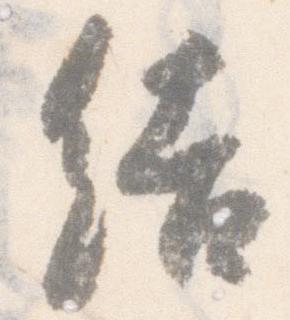
結